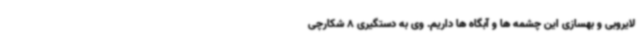
لایروبی و بهسازی این چشمه ها و آبگاه ها داریم. وی به دستگیری 8 شکارچی